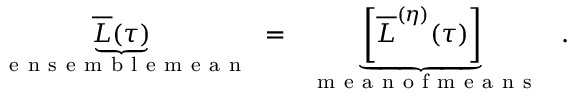
\begin{array} { r } { \underbrace { \overline { { L } } ( \tau ) } _ { \mathrm { ~ \textrm ~ { ~ e ~ n ~ s ~ e ~ m ~ b ~ l ~ e ~ m ~ e ~ a ~ n ~ } ~ } } = \underbrace { \left[ \overline { { L } } ^ { ( \eta ) } ( \tau ) \right] } _ { \mathrm { ~ \textrm ~ { ~ m ~ e ~ a ~ n ~ o ~ f ~ m ~ e ~ a ~ n ~ s ~ } ~ } } \ . } \end{array}